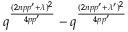
q ^ { \frac { ( 2 n p p ^ { \prime } + \lambda ) ^ { 2 } } { 4 p p ^ { \prime } } } - q ^ { \frac { ( 2 n p p ^ { \prime } + \lambda ^ { \prime } ) ^ { 2 } } { 4 p p ^ { \prime } } }